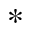
*